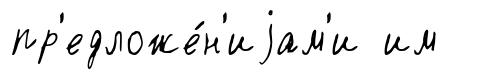
пр'едложе́н'иjам'и им